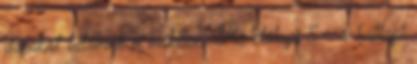
darabot találunk a mobilon. Az előlapi 5-, a hátlapi